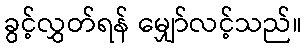
ခွင့်လွှတ်ရန် မျှော်လင့်သည်။